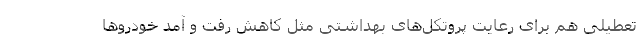
تعطیلی هم برای رعایت پروتکل‌های بهداشتی مثل کاهش رفت و آمد خودروها